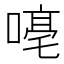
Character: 𪢁